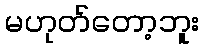
မဟုတ်တော့ဘူး